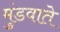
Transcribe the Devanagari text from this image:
मुंडवाते